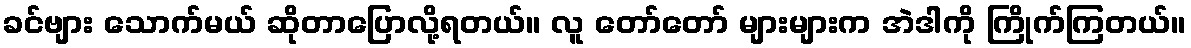
ခင်ဗျား သောက်မယ် ဆိုတာပြောလို့ရတယ်။ လူ တော်တော် များများက အဲဒါကို ကြိုက်ကြတယ်။